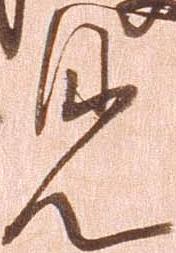
見